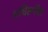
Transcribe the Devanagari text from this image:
अधिरूपित